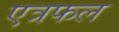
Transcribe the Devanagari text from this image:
एत्रफल